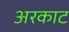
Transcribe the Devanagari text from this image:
अरकाट